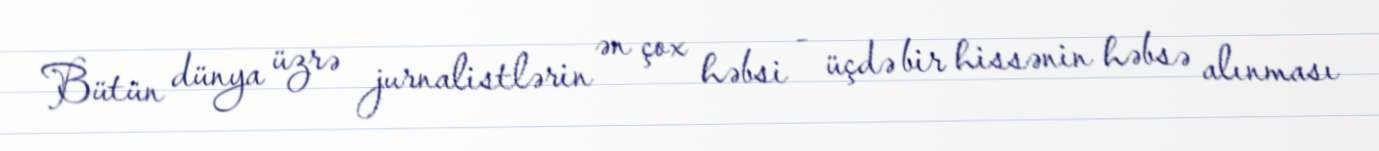
Bütün dünya üzrə jurnalistlərin ən çox həbsi - üçdə bir hissənin həbsə alınması